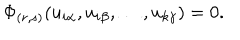
LaTeX: \Phi _ { ( r , s ) } ( u _ { i \alpha } , u _ { i \beta } , \ldots , u _ { k \gamma } ) = 0 .